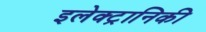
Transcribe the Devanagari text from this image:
इलेक्‍ट्रानिकी